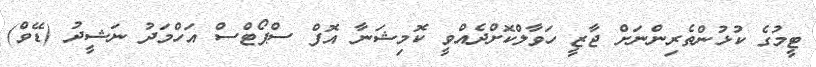
ޓީމުގެ ކުޅުންތެރިންނަށް ޖާޒީ ހަވާލްކޮށްދެއްވީ ކޮމިޝަނާ އޮފް ސްޕޯޓްސް އަހްމަދު ނަޝީދު (ޑޭވް)